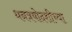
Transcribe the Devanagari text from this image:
धनत्रयोदशीच्या